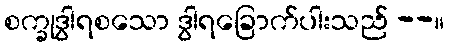
စက္ခုဒွါရစသော ဒွါရခြောက်ပါးသည် --။